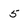
Character: 5